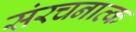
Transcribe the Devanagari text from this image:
संरचनात्क